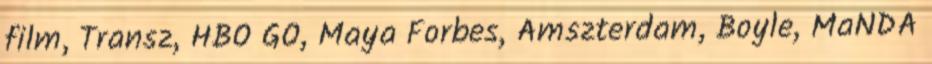
film, Transz, HBO GO, Maya Forbes, Amszterdam, Boyle, MaNDA